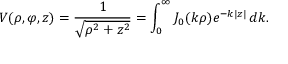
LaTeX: V ( \rho , \varphi , z ) = { \frac { 1 } { \sqrt { \rho ^ { 2 } + z ^ { 2 } } } } = \int _ { 0 } ^ { \infty } J _ { 0 } ( k \rho ) e ^ { - k | z | } \, d k .